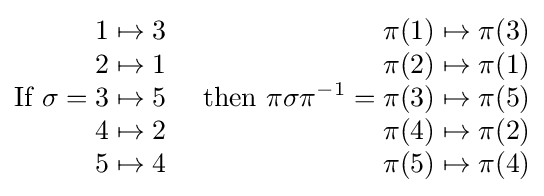
{\text{If }}\sigma ={\begin{matrix}1\mapsto 3\\2\mapsto 1\\3\mapsto 5\\4\mapsto 2\\5\mapsto 4\end{matrix}}\quad {\text{ then }}\pi \sigma \pi ^{-1}={\begin{matrix}\pi (1)\mapsto \pi (3)\\\pi (2)\mapsto \pi (1)\\\pi (3)\mapsto \pi (5)\\\pi (4)\mapsto \pi (2)\\\pi (5)\mapsto \pi (4)\end{matrix}}